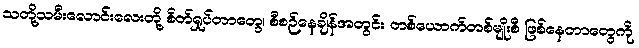
သတို့သမီးလောင်းလေးတို့ စိတ်ရှုပ်တာတွေ၊ စီစဉ်နေချိန်အတွင်း တစ်ယောက်တစ်မျိုးစီ ဖြစ်နေတာတွေကို